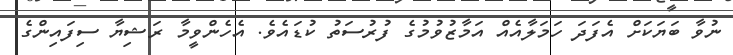
ނުވާ ބަޔަކަށް އެފަދަ ހަމަލާއެއް އަމާޒުވުމުގެ ފުރުސަތު ކުޑައެވެ. އެހެންވީމާ ރަޝިޔާ ސިފައިންގެ